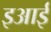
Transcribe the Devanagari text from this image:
इआई